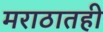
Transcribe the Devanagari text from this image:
मराठातही